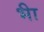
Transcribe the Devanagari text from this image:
भ्‍ीा